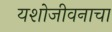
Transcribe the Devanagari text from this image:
यशोजीवनाचा